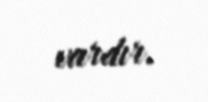
vardır.